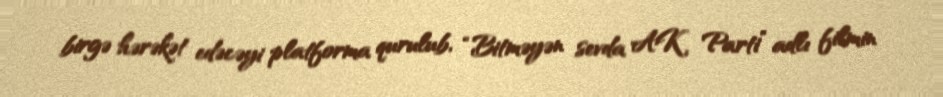
birgə hərəkət edəcəyi platforma qurulub, “Bitməyən sevda AK Parti” adlı filmin